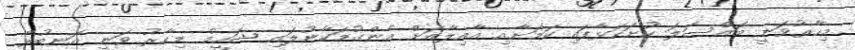
މިހާރުވަނީ މައްސަލަ ހުށަހަޅާފައި ކަމަށާއި އާއިލާއަށް އެންގުމަކާނުލައި ޝަހީމް މިހާރު ވަނީ އަނބުރާ